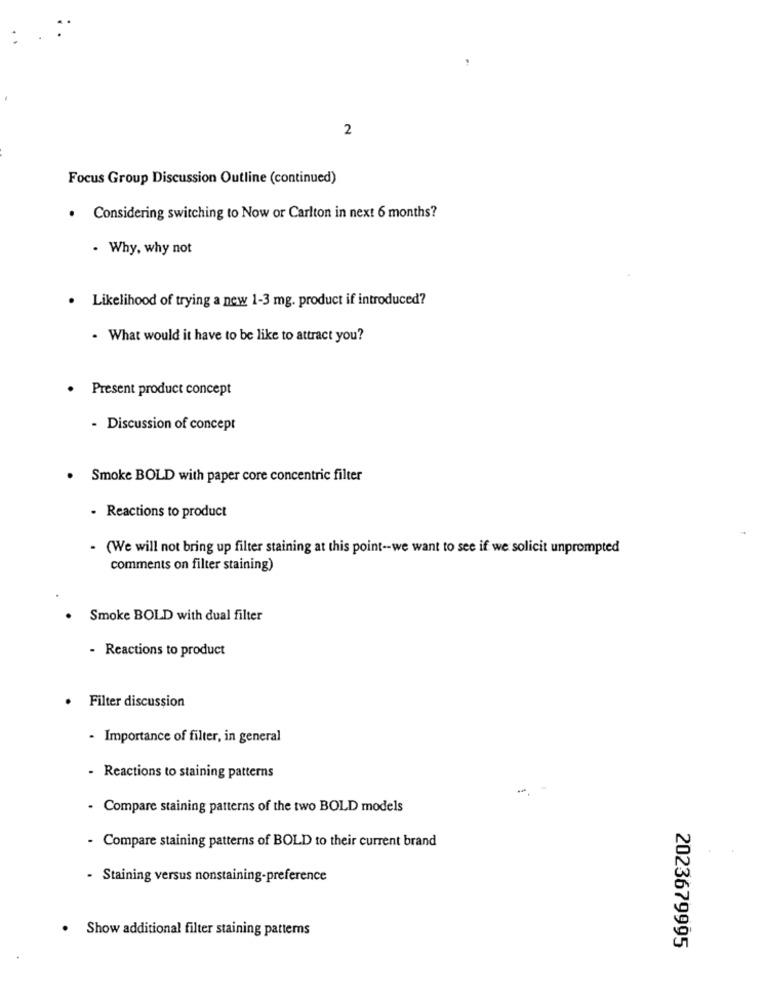
2
Focus Group Discussion Outline (continued)
. Considering switching to Now or Carlton in next 6 months?
- Why, why not
. Likelihood of trying a new 1-3 mg. product if introduced?
- What would it have to be like to attract you?
Present product concept
- Discussion of concept
.
Smoke BOLD with paper core concentric filter
- Reactions to product
- (We will not bring up filter staining at this point -- we want to see if we solicit unprompted
comments on filter staining)
Smoke BOLD with dual filter
- Reactions to product
Filter discussion
- Importance of filter, in general
- Reactions to staining patterns
-
- Compare staining patterns of the two BOLD models
- Compare staining patterns of BOLD to their current brand
- Staining versus nonstaining-preference
. Show additional filter staining patterns
2023679995